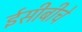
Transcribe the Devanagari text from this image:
ईसीबीचे